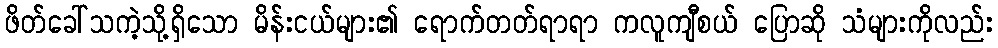
ဖိတ်ခေါ်သကဲ့သို့ရှိသော မိန်းငယ်များ၏ ရောက်တတ်ရာရာ ကလူကျီစယ် ပြောဆို သံများကိုလည်း